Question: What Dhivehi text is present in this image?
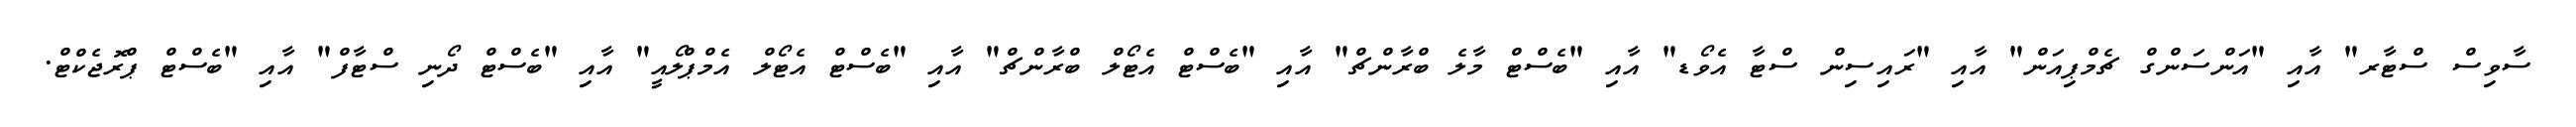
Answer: ސާވިސް ސްޓާރ" އާއި "އަންސަންގް ޗެމްޕިއަން" އާއި "ރައިސިން ސްޓާ އެވޯޑ" އާއި "ބެސްޓް މާލެ ބްރާންޗް" އާއި "ބެސްޓް އެޓޯލް ބްރާންޗް" އާއި "ބެސްޓް އެޓޯލް އެމްޕްލޯއީ" އާއި "ބެސްޓް ދޯނި ސްޓާފް" އާއި "ބެސްޓް ޕްރޮޖެކްޓް.